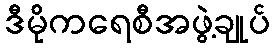
ဒီမိုကရေစီအဖွဲ့ချုပ်